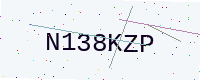
Text: N138KZP